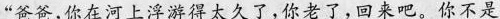
“爸爸,你在河上浮游得太久了，你老了,回来吧。你不是